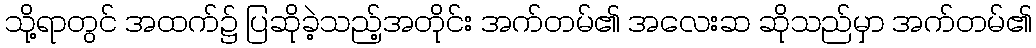
သို့ရာတွင် အထက်၌ ပြဆိုခဲ့သည့်အတိုင်း အက်တမ်၏ အလေးဆ ဆိုသည်မှာ အက်တမ်၏